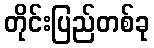
တိုင်းပြည်တစ်ခု